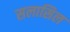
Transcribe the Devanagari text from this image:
सलासिल